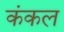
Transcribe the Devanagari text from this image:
कंकल